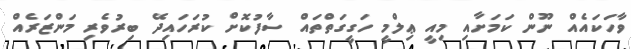
ވާހަކައެއް ނޫން ކަމަށާއި މިއީ ޢިލްމީ ހަގީގަތްތައް ސާފުކޮށް ކުރަހައިދޭ ބިރުވެރި މަންޒަރެއް